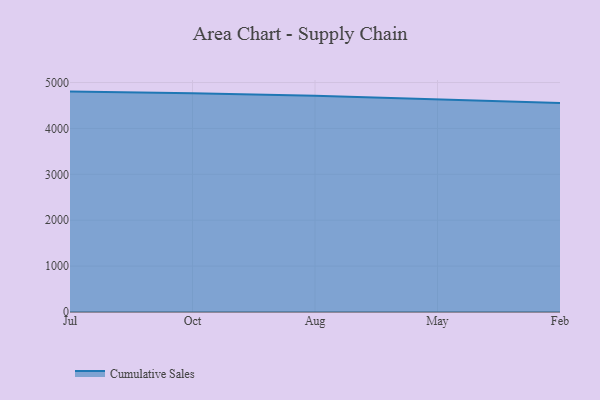
{"axis": {"x": "Month", "y": "Headcount"}, "legend": ["Cumulative Sales"], "data": [{"x": "Jul", "y": 4802.2, "type": "Cumulative Sales"}, {"x": "Oct", "y": 4768.2, "type": "Cumulative Sales"}, {"x": "Aug", "y": 4709.4, "type": "Cumulative Sales"}, {"x": "May", "y": 4630.0, "type": "Cumulative Sales"}, {"x": "Feb", "y": 4555.8, "type": "Cumulative Sales"}]}